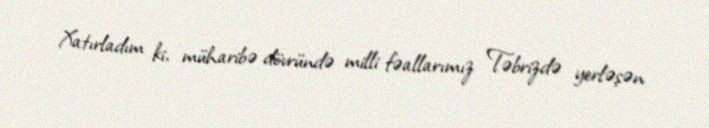
Xatırladım ki, müharibə dövründə milli fəallarımız Təbrizdə yerləşən